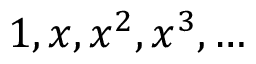
1 , x , x ^ { 2 } , x ^ { 3 } , \dots